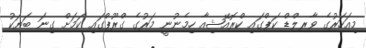
މިއަހަރުގެ ވާރލްޑް ކަޕްގައި ކްރޮއޭޝިއާ ހިމެނުނީ މަރުގެ ގްރޫޕްގައި ކަމަށް ގިނަ ބަޔަކު